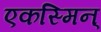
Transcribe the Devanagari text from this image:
एकस्मिन्